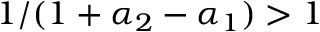
1 / ( 1 + \alpha _ { 2 } - \alpha _ { 1 } ) > 1